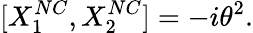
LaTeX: [{X}_{1}^{NC},{X}_{2}^{NC}]=-i{\theta}^{2}.